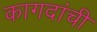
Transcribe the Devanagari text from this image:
कागदांची